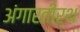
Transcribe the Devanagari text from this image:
अंगारतीर्थ